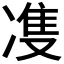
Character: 𭂙